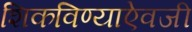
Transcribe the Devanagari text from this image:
शिकविण्याऐवजी